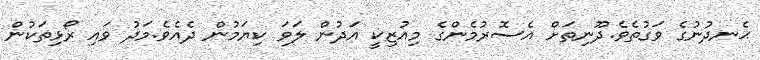
ޙެނދުނުގެ ވަގުތެވެ.ދޫނިތަށް އެސޮރުމެންގެ މިއުޒިކީ އަދުން ލަވަ ކިޔަމުން ދެއެވެ.މަދު ވައި ރޯޅިތަކުން